Report of the veterinary officer investigating camel disease
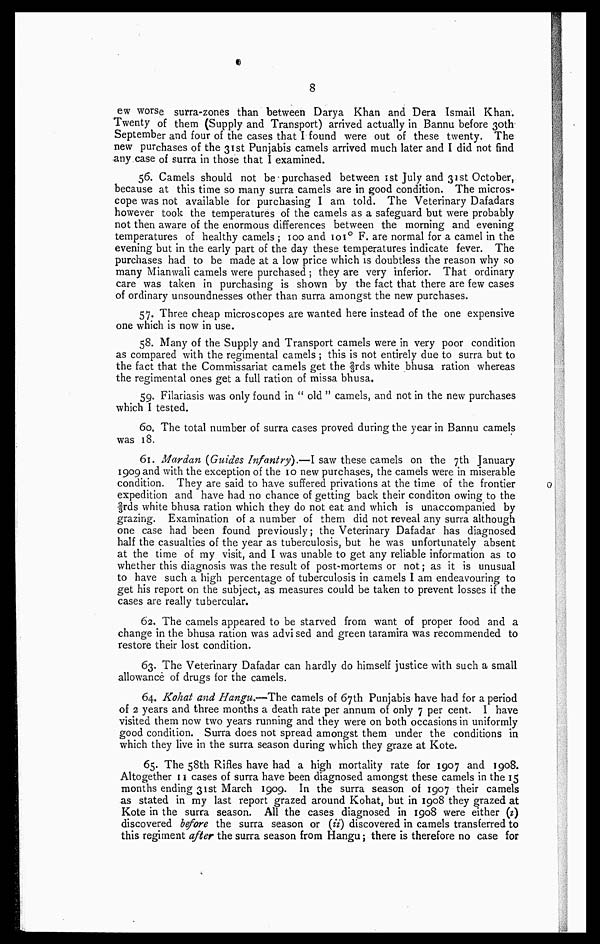
8
ew worse surra-zones than between Darya Khan and Dera Ismail Khan.
Twenty of them (Supply and Transport) arrived actually in Bannu before 30th
September and four of the cases that I found were out of these twenty. The
new purchases of the 31st Punjabis camels arrived much later and I did not find
any case of surra in those that I examined.
56. Camels should not be purchased between 1st July and 31st October,
because at this time so many surra camels are in good condition. The micros
cope was not available for purchasing I am told. The Veterinary Dafadars
however took the temperatures of the camels as a safeguard but were probably
not then aware of the enormous differences between the morning and evening
temperatures of healthy camels ; 100 and 101° F. are normal for a camel in the
evening but in the early part of the day these temperatures indicate fever. The
purchases had to be made at a low price which is doubtless the reason why so
many Mianwali camels were purchased ; they are very inferior. That ordinary
care was taken in purchasing is shown by the fact that there are few cases
of ordinary unsoundnesses other than surra amongst the new purchases.
57. Three cheap microscopes are wanted here instead of the one expensive
one which is now in use.
58. Many of the Supply and Transport camels were in very poor condition
as compared with the regimental camels ; this is not entirely due to surra but to
the fact that the Commissariat camels get the 2/3rds white bhusa ration whereas
the regimental ones get a full ration of missa bhusa.
59. Filariasis was only found in " old " camels, and not in the new purchases
which I tested.
60. The total number of surra cases proved during the year in Bannu camels
was 18.
61. Marian (Guides Infantry).—I saw these camels on the 7th January
1909 and with the exception of the 10 new purchases, the camels were in miserable
condition. They are said to have suffered privations at the time of the frontier
expedition and have had no chance of getting back their conditon owing to the
⅔ rds white bhusa ration which they do not eat and which is unaccompanied by
grazing. Examination of a number of them did not reveal any surra although
one case had been found previously; the Veterinary Dafadar has diagnosed
half the casualties of the year as tuberculosis, but he was unfortunately absent
at the time of my visit, and I was unable to get any reliable information as to
whether this diagnosis was the result of post-mortems or not; as it is unusual
to have such a high percentage of tuberculosis in camels I am endeavouring to
get his report on the subject, as measures could be taken to prevent losses if the
cases are really tubercular.
62. The camels appeared to be starved from want of proper food and a
change in the bhusa ration was advised and green taramira was recommended to
restore their lost condition.
63. The Veterinary Dafadar can hardly do himself justice with such a small
allowance of drugs for the camels.
64. Kohat and Hangu.—The camels of 67th Punjabis have had for a period
of 2 years and three months a death rate per annum of only 7 per cent. I have
visited them now two years running and they were on both occasions in uniformly
good condition. Surra does not spread amongst them under the conditions in
which they live in the surra season during which they graze at Kote.
65. The 58th Rifles have had a high mortality rate for 1907 and 1908.
Altogether 11 cases of surra have been diagnosed amongst these camels in the 15
months ending 31st March 1909. In the surra season of 1907 their camels
as stated in my last report grazed around Kohat, but in 1908 they grazed at
Kote in the surra season. All the cases diagnosed in 1908 were either (2)
discovered before the surra season or (ii) discovered in camels transferred to
this regiment after the surra season from Hangu; there is therefore no case for